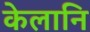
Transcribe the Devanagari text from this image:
केलानि